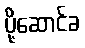
ပို့ဆောင်ခ